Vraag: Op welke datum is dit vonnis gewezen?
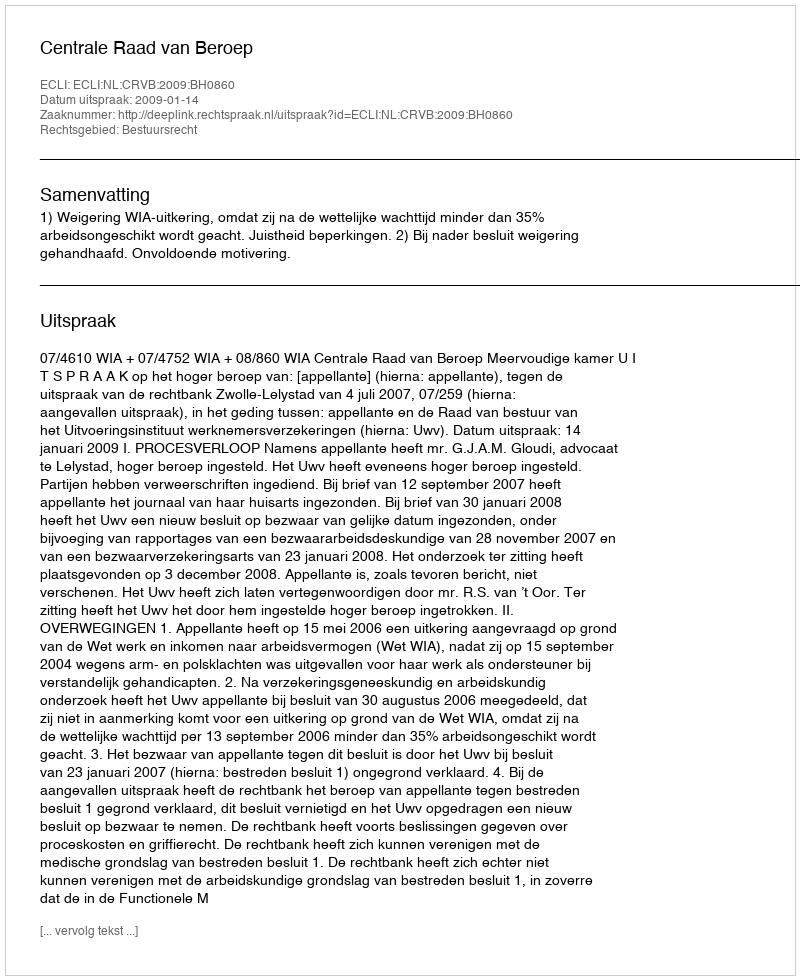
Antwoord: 2009-01-14